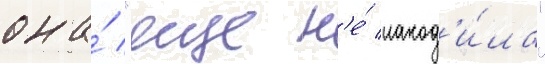
она́ "еще н'е́ наход'и́ла"